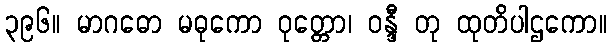
၃၉၆။ မာဂဓော မဓုကော ဝုတ္တော၊ ဝန္ဒီ တု ထုတိပါဌကော။